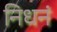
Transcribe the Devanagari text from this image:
निधनं